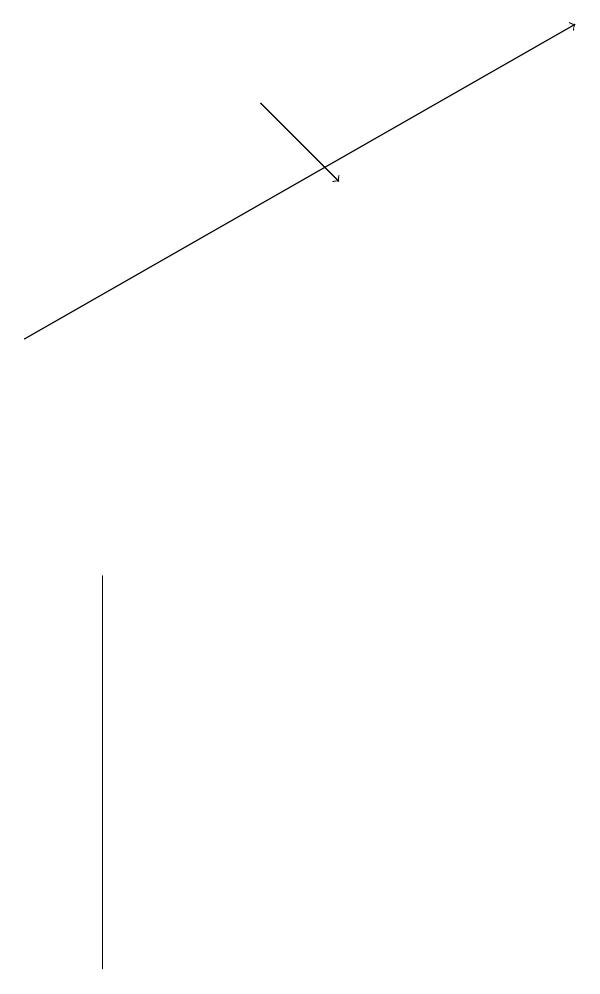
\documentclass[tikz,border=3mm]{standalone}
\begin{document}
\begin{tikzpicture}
\draw[->] (3,14) -- (4,13);
\draw (1,8) -- (1,6) -- (1,3) -- cycle;
\draw[->] (0,11) -- (7,15);
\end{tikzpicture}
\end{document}